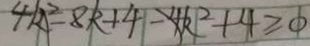
4 k ^ { 2 } - 8 k + 4 - 4 k ^ { 2 } + 4 \geq 0